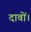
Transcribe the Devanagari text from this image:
दावों।